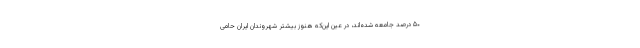
۵۰ درصد جامعه‌ شده‌اند، در عین این‌که هنوز بیشتر شهروندان ایران حامی